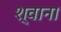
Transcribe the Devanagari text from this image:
श्वाना